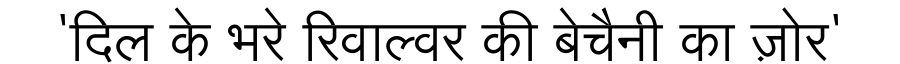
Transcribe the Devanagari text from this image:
'दिल के भरे रिवाल्वर की बेचैनी का ज़ोर'